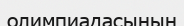
олимпиадасының